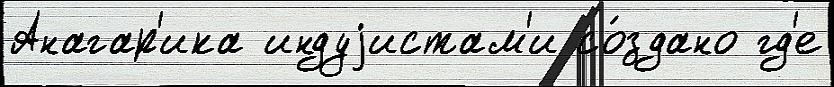
Анагар'ика индуjистам'и со́здано гд'е